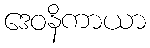
ဒေဝနိကာယာ